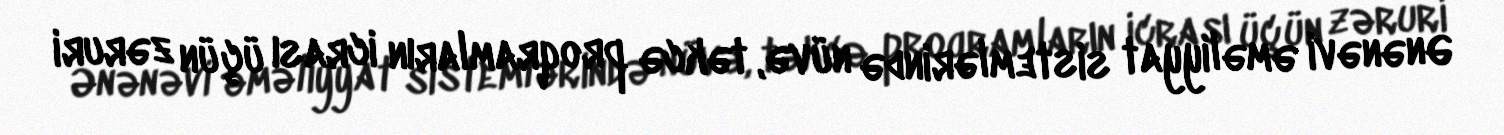
Ənənəvi əməliyyat sistemlərində nüvə, təkcə proqramların icrası üçün zəruri